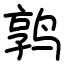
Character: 鹑